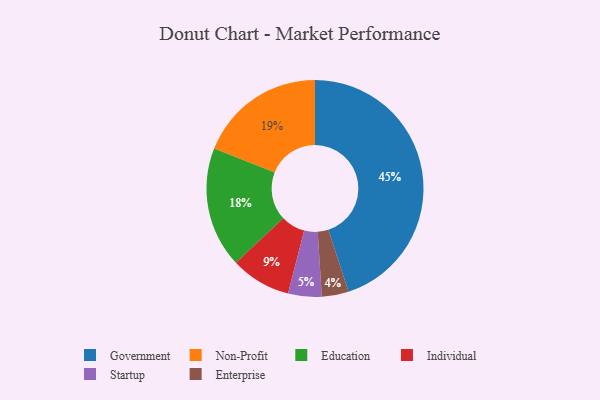
{"axis": {"x": "Category", "y": "Percentage"}, "legend": ["Education", "Enterprise", "Government", "Individual", "Non-Profit", "Startup"], "data": [{"x": "Education", "y": 18, "type": "Education"}, {"x": "Government", "y": 45, "type": "Government"}, {"x": "Enterprise", "y": 4, "type": "Enterprise"}, {"x": "Individual", "y": 9, "type": "Individual"}, {"x": "Startup", "y": 5, "type": "Startup"}, {"x": "Non-Profit", "y": 19, "type": "Non-Profit"}]}